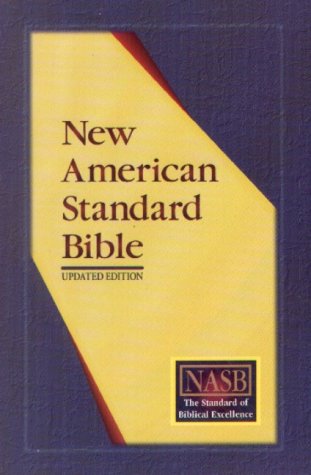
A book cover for New American Standard Bible Updated Edition; The Lockman Foundation; Religion & Spirituality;